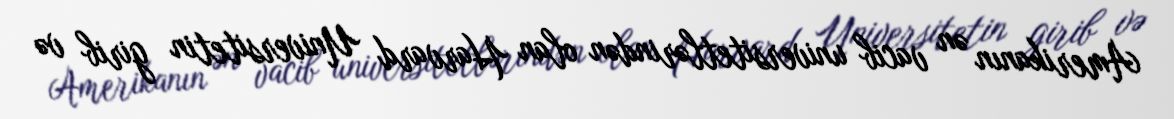
Amerikanın ən vacib universitetlərindən olan Harvard Universitetin girib və